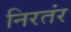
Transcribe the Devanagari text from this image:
निरतंर